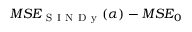
M S E _ { \mathrm { ~ S ~ I ~ N ~ D ~ y ~ } } ( \alpha ) - M S E _ { 0 }